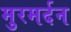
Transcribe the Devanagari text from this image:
मुरमर्दन